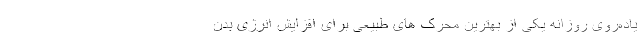
یاده‌روی روزانه یکی از بهترین محرک های طبیعی برای افزایش انرژی بدن